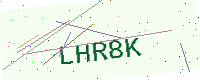
Text: LHR8K